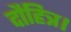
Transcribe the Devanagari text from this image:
दौहित्र।